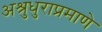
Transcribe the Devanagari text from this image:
अश्रुधुराप्रमाणे